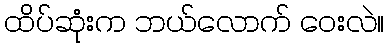
ထိပ်ဆုံးက ဘယ်လောက် ဝေးလဲ။